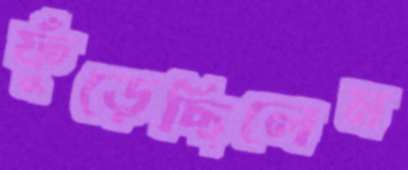
ফুঁড়েছিলেম